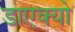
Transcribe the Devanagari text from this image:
डाएक्यो